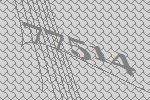
77514